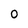
Character: 0